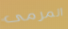
المرمى